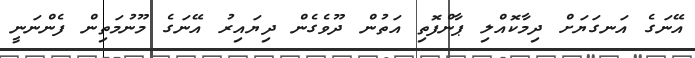
އޭނަގެ އަނގަޔަށް ދިމާކޮއްލި ޕާންފޮތި އަތުން ދޫވެގެން ދިޔައިރު އޭނަގެ މޫނުމަތިން ފެންނަނީ